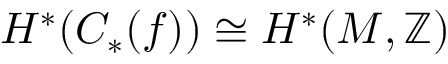
H ^ { * } ( C _ { * } ( f ) ) \cong H ^ { * } ( M , \mathbb { Z } )